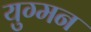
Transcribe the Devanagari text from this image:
युग्‍मन